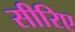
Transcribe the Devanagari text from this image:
सीरिए